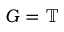
G = \mathbb { T }